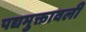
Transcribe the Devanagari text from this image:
पद्यमुक्तावली